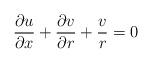
LaTeX: \begin{align*}\frac{\partial u}{\partial x}+\frac{\partial v}{\partial r}+\frac{v}{r}=0\end{align*}